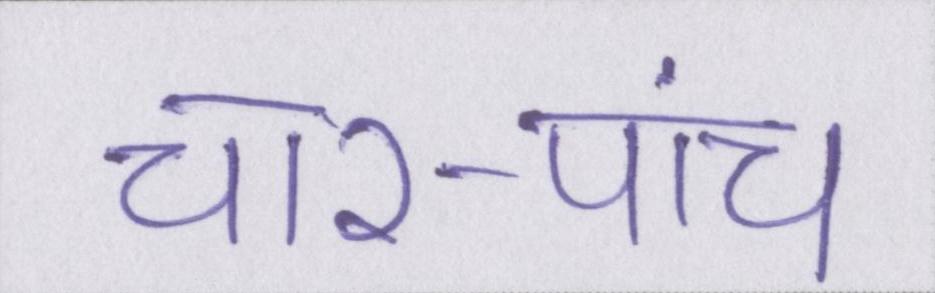
चार-पांच